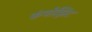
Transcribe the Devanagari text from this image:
कंपोझिट